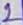
Text: 2